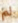
لم